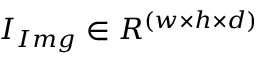
I _ { I m g } \in R ^ { ( w \times h \times d ) }